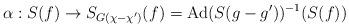
LaTeX: \begin{align*}\alpha:S(f)\to S_{G(\chi-\chi')}(f)=\mathrm{Ad}(S(g-g'))^{-1}(S(f))\end{align*}